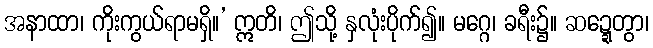
အနာထာ၊ ကိုးကွယ်ရာမရှိ။’ ဣတိ၊ ဤသို့ နှလုံးပိုက်၍။ မဂ္ဂေ၊ ခရီး၌။ ဆဍ္ဍေတွာ၊